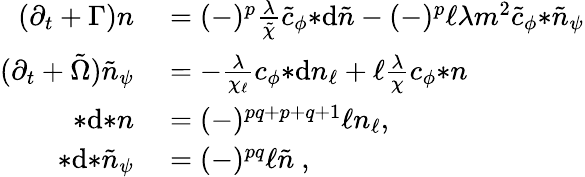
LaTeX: \begin{array}{rl}{(\partial_{t}+\Gamma)n}&{{}=(-)^{p}\frac{\lambda}{\tilde{\chi}}\tilde{c}_{\phi}{*\mathrm{d}\tilde{n}}-(-)^{p}\ell\lambda m^{2}\tilde{c}_{\phi}{*\tilde{n}_{\psi}}}\\ {(\partial_{t}+\tilde{\Omega})\tilde{n}_{\psi}}&{{}=-\frac{\lambda}{\chi_{\ell}}c_{\phi}{*\mathrm{d}n_{\ell}}+\ell\frac{\lambda}{\chi}c_{\phi}{*n}}\\ {*\mathrm{d}{*n}}&{{}=(-)^{pq+p+q+1}\ell n_{\ell},}\\ {*\mathrm{d}{*\tilde{n}_{\psi}}}&{{}=(-)^{pq}\ell\tilde{n}~,}\end{array}